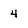
Character: 4